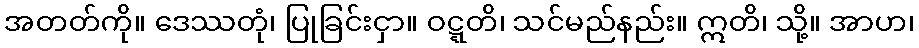
အတတ်ကို။ ဒေဿတုံ၊ ပြုခြင်းငှာ။ ဝဋ္ဋတိ၊ သင်မည်နည်း။ ဣတိ၊ သို့။ အာဟ၊